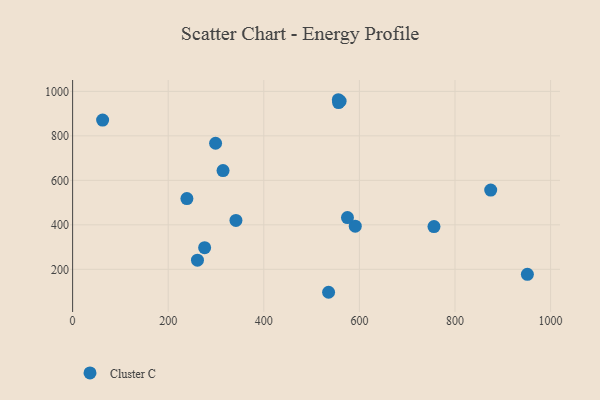
{"axis": {"x": "Distance", "y": "Rating"}, "legend": ["Cluster C"], "data": [{"x": "261.2", "y": 241.3, "type": "Cluster C"}, {"x": "591.3", "y": 393.9, "type": "Cluster C"}, {"x": "62.8", "y": 870.8, "type": "Cluster C"}, {"x": "299.1", "y": 766.9, "type": "Cluster C"}, {"x": "555.9", "y": 962.5, "type": "Cluster C"}, {"x": "556.4", "y": 949.8, "type": "Cluster C"}, {"x": "756.0", "y": 392.2, "type": "Cluster C"}, {"x": "559.6", "y": 956.0, "type": "Cluster C"}, {"x": "276.2", "y": 297.2, "type": "Cluster C"}, {"x": "314.7", "y": 644.1, "type": "Cluster C"}, {"x": "535.5", "y": 96.8, "type": "Cluster C"}, {"x": "951.4", "y": 177.3, "type": "Cluster C"}, {"x": "575.0", "y": 432.6, "type": "Cluster C"}, {"x": "239.1", "y": 518.1, "type": "Cluster C"}, {"x": "874.7", "y": 556.1, "type": "Cluster C"}, {"x": "341.7", "y": 419.7, "type": "Cluster C"}]}